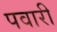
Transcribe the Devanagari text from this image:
पवारी